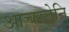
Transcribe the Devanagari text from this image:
आचरतेनि